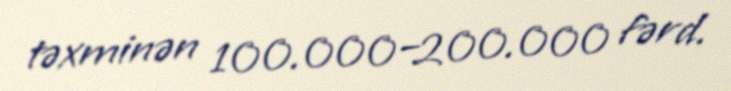
təxminən 100.000–200.000 fərd.